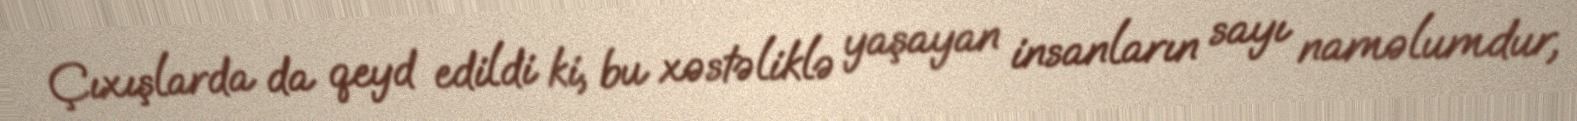
Çıxışlarda da qeyd edildi ki, bu xəstəliklə yaşayan insanların sayı naməlumdur,